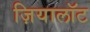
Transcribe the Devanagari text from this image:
ज़ियालॉट